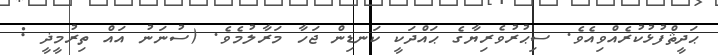
ޙަދީޘްފުޅުކުރެއްވިއެވެ. ސިޙުރުވެރިޔާގެ ޙައްދަކީ ކަނޑިން ޖަހާ މަރާލުމެވެ. (ސުނަނު އައް ތިރުމީޛީ :